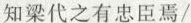
知梁代之有忠臣焉/